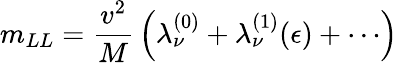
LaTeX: m_{LL}={\frac{v^{2}}{M}}\left(\lambda_{\nu}^{(0)}+\lambda_{\nu}^{(1)}(\epsilon)+\cdots\right)